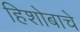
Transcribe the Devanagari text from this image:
हिशोबाचे